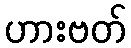
ဟားဗတ်